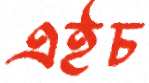
এইচ